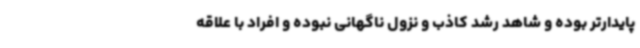
پایدارتر بوده و شاهد رشد کاذب و نزول ناگهانی نبوده و افراد با علاقه